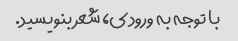
با توجه به ورودی، شعر بنویسید.